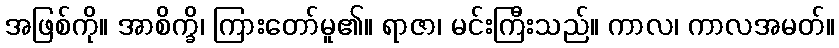
အဖြစ်ကို။ အာစိက္ခိ၊ ကြားတော်မူ၏။ ရာဇာ၊ မင်းကြီးသည်။ ကာလ၊ ကာလအမတ်။